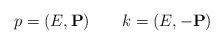
\begin{align*}p = (E, {\bf P}) \qquad k = (E, -{\bf P})\end{align*}